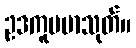
ဥဒကူပမာသုတ်။